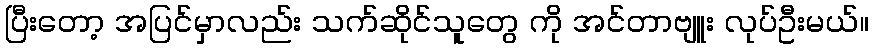
ပြီးတော့ အပြင်မှာလည်း သက်ဆိုင်သူတွေ ကို အင်တာဗျူး လုပ်ဦးမယ်။